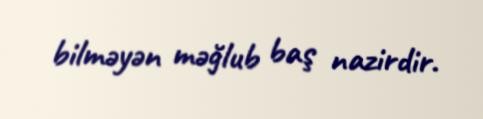
bilməyən məğlub baş nazirdir.